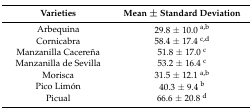
<table><thead><tr><td><b>Varieties</b></td><td><b>Mean ± Standard Deviation</b></td></tr></thead><tbody><tr><td>Arbequina</td><td>29.8 ± 10.0 <sup>a,b</sup></td></tr><tr><td>Cornicabra</td><td>58.4 ± 17.4 <sup>c,d</sup></td></tr><tr><td>Manzanilla Cacereña</td><td>51.8 ± 17.0 <sup>c</sup></td></tr><tr><td>Manzanilla de Sevilla</td><td>53.2 ± 16.4 <sup>c</sup></td></tr><tr><td>Morisca</td><td>31.5 ± 12.1 <sup>a,b</sup></td></tr><tr><td>Pico Limón</td><td>40.3 ± 9.4 <sup>b</sup></td></tr><tr><td>Picual</td><td>66.6 ± 20.8 <sup>d</sup></td></tr></tbody></table>